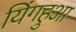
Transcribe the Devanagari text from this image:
यिंगहुआ